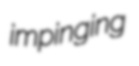
impinging